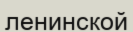
ленинской